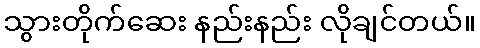
သွားတိုက်ဆေး နည်းနည်း လိုချင်တယ်။